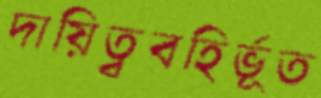
দায়িত্ববহির্ভূত